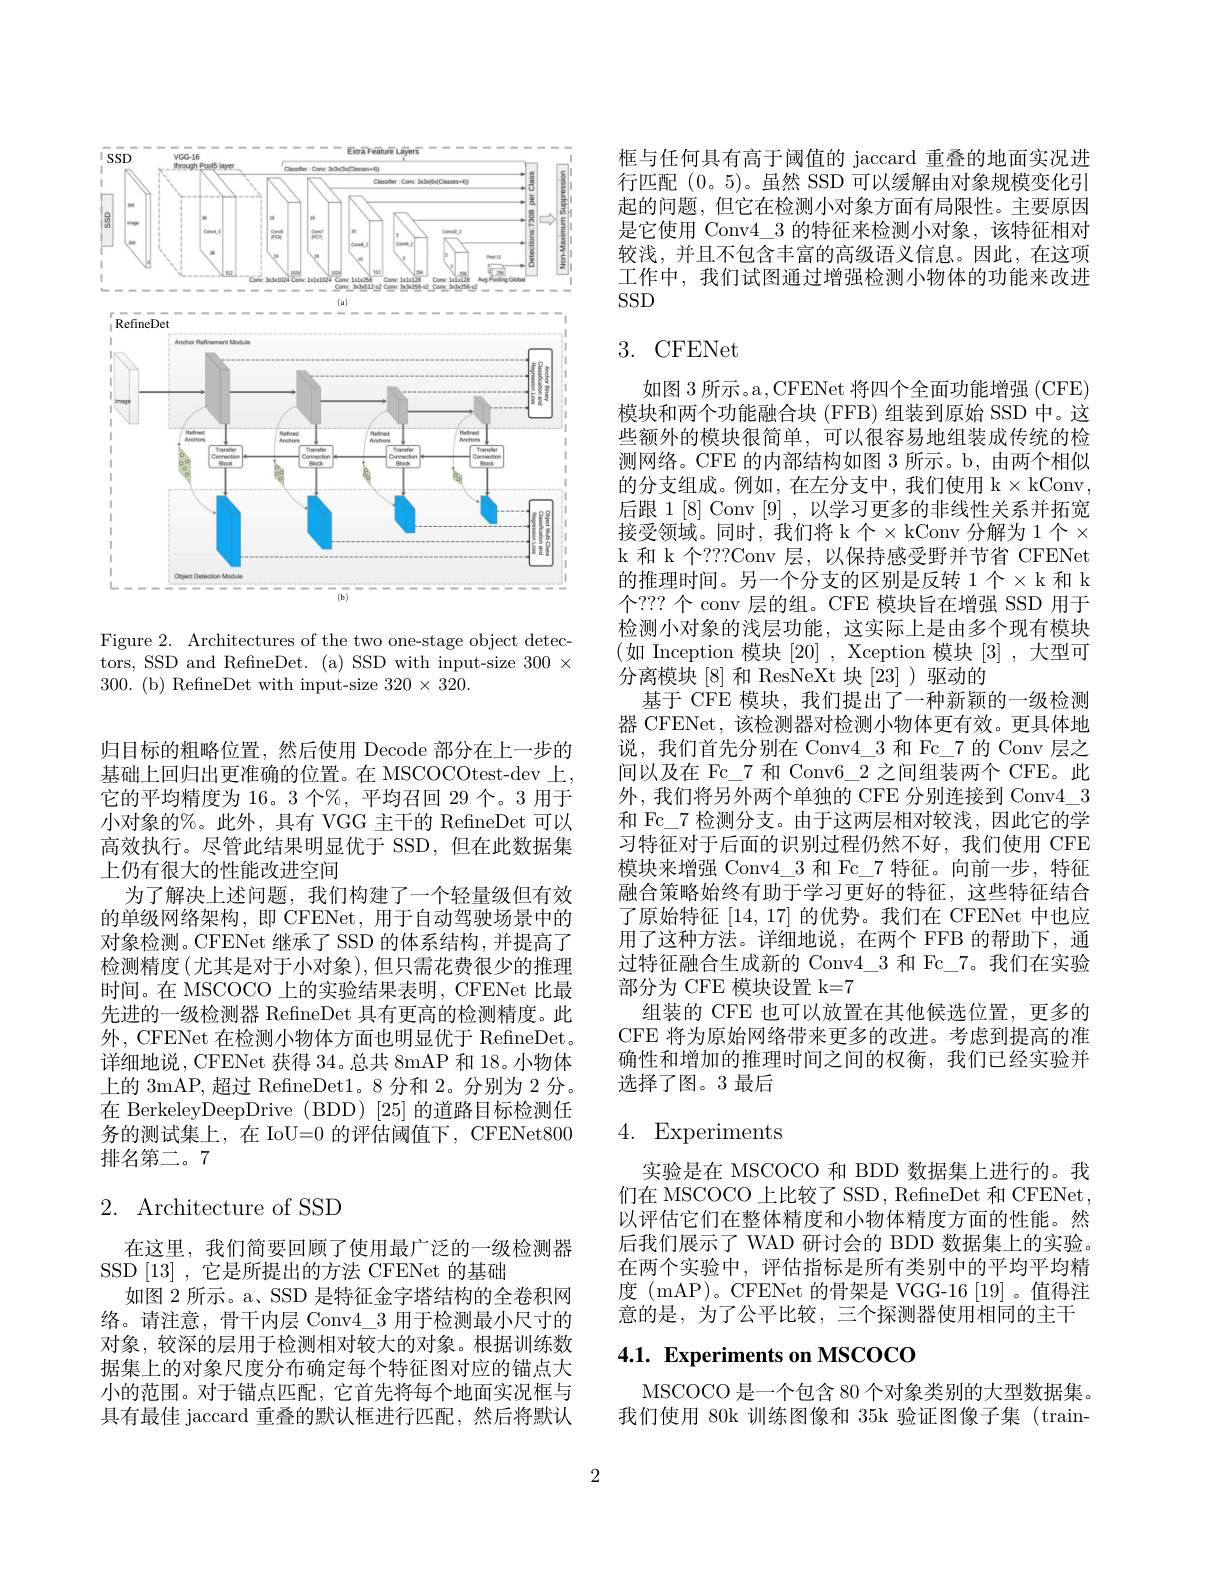
<FigureHere>

Figure 2. Architectures of the two one-stage object detectors, SSD and RefineDet. (a) SSD with input-size $300\times$ 300.(b) RefineDet with input-size $320\times320.$

归目标的粗略位置，然后使用 Decode 部分在上一步的基础上回归出更准确的位置。在 MSCOCOtest-dev 上， 它的平均精度为 16。3 个%, 平均召回 29 个。3 用于小对象的%。此外，具有 VGG 主干的 RefineDet 可以高效执行。尽管此结果明显优于 SSD,但在此数据集上仍有很大的性能改进空间
为了解决上述问题，我们构建了一个轻量级但有效的单级网络架构，即 CFENet, 用于自动驾驶场景中的对象检测。CFENet 继承了 SSD 的体系结构，并提高了检测精度(尤其是对于小对象),但只需花费很少的推理时间。在 MSCOCO 上的实验结果表明，CFENet 比最先进的一级检测器 RefineDet 具有更高的检测精度。此外，CFENet 在检测小物体方面也明显优于 RefineDet。详细地说，CFENet 获得34。总共 8mAP 和 18。小物体上的 3mAP,超过 RefineDet1。8 分和 2。分别为 2 分。在 BerkeleyDeepDrive (BDD) [25] 的道路目标检测任务的测试集上，在 IoU=0 的评估阈值下，CFENet800排名第二。7

# 2. Architecture of SSD

在这里，我们简要回顾了使用最广泛的一级检测器
SSD[13],它是所提出的方法 CFENet 的基础
如图 2 所示。a、SSD 是特征金字塔结构的全卷积网络。请注意，骨干内层 Conv$4\_3$用于检测最小尺寸的对象，较深的层用于检测相对较大的对象。根据训练数据集上的对象尺度分布确定每个特征图对应的锚点大小的范围。对于锚点匹配，它首先将每个地面实况框与具有最佳 jaccard 重叠的默认框进行匹配，然后将默认

框与任何具有高于阈值的 jaccard 重叠的地面实况进行匹配(0。5)。虽然 SSD 可以缓解由对象规模变化引起的问题，但它在检测小对象方面有局限性。主要原因是它使用 Conv$4\_3$的特征来检测小对象，该特征相对较浅，并且不包含丰富的高级语义信息。因此，在这项工作中，我们试图通过增强检测小物体的功能来改进SSD

# $3.~$CFENet

如图 3 所示。a, CFENet 将四个全面功能增强 (CFE) 模块和两个功能融合块 (FFB) 组装到原始 SSD 中。这些额外的模块很简单，可以很容易地组装成传统的检测网络。CFE 的内部结构如图 3 所示。b, 由两个相似的分支组成。例如，在左分支中，我们使用 k$\times$kConv, 后跟 1[8] Conv [9],以学习更多的非线性关系并拓宽接受领域。同时，我们将 k个$\times$kConv 分解为 1个$\times$ k 和 k 个？??Conv 层，以保持感受野并节省 CFENet 的推理时间。另一个分支的区别是反转 1个$\times$k 和 k 个？?? 个 conv 层的组。CFE 模块旨在增强 SSD 用于检测小对象的浅层功能，这实际上是由多个现有模块(如 Inception 模块[20] , Xception 模块[3] ,大型可分离模块[8] 和 ResNeXt 块[23])驱动的
基于 CFE 模块，我们提出了一种新颖的一级检测器 CFENet,该检测器对检测小物体更有效。更具体地说，我们首先分别在 Conv4\_3 和 Fc\_7 的 Conv 层之间以及在 Fc\_7 和 Conv6\_2 之间组装两个 CFE。此外，我们将另外两个单独的 CFE 分别连接到 Conv$4\_3$ 和 Fc\_7 检测分支。由于这两层相对较浅，因此它的学习特征对于后面的识别过程仍然不好，我们使用 CFE 模块来增强 Conv4\_3 和 Fc\_7 特征。向前一步，特征融合策略始终有助于学习更好的特征，这些特征结合了原始特征[14,17]的优势。我们在 CFENet 中也应用了这种方法。详细地说，在两个 FFB 的帮助下，通过特征融合生成新的 Conv4\_3 和 Fc\_7。我们在实验部分为 CFE 模块设置 k=7
组装的 CFE 也可以放置在其他候选位置，更多的CFE 将为原始网络带来更多的改进。考虑到提高的准确性和增加的推理时间之间的权衡，我们已经实验并选择了图。3 最后

# 4. Experiments

实验是在 MSCOCO 和 BDD 数据集上进行的。我们在 MSCOCO 上比较了 SSD , RefineDet 和 CFENet 以评估它们在整体精度和小物体精度方面的性能。然后我们展示了 WAD 研讨会的 BDD 数据集上的实验。在两个实验中，评估指标是所有类别中的平均平均精度 ( mAP)。CFENet 的骨架是 VGG-16 [19] 。值得注意的是，为了公平比较，三个探测器使用相同的主干

# 4.1. Experiments on MSCOCO

MSCOCO 是一个包含 80 个对象类别的大型数据集。我们使用 80k 训练图像和 35k 验证图像子集 (train-

2